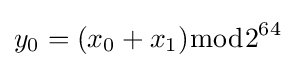
y_{0}=(x_{0}+x_{1}){\bmod {2}}^{64}